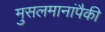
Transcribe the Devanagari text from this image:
मुसलमानांपैकी